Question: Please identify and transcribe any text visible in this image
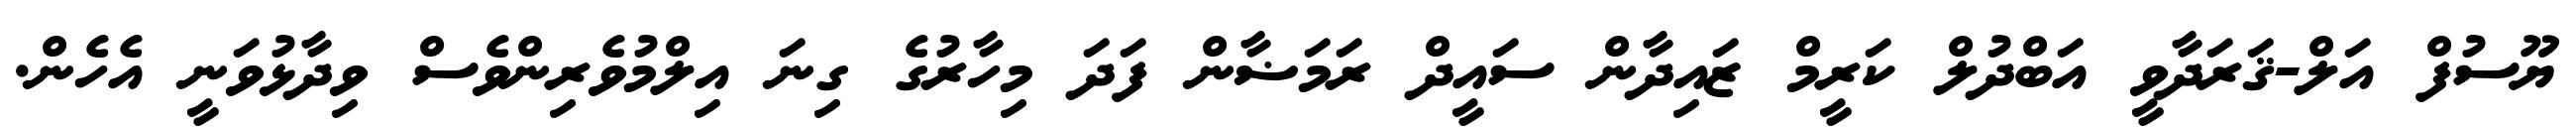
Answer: ޔޫސުފް އަލް-ޤަރަދާވީ އަބްދުލް ކަރީމް ޒައިދާން ސައީދް ރަމަޟާން ފަދަ މިހާރުގެ ގިނަ އިލްމުވެރިންވެސް ވިދާޅުވަނީ އެހެން.